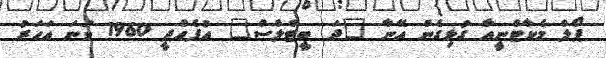
ޕޯލް މެކާޓްނީއާ ގުޅިގެން އޭނާ "ދަ ބީޓްލްސް" އުފެއްދީ 1960 ވަނަ އަހަރު